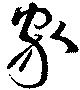
家